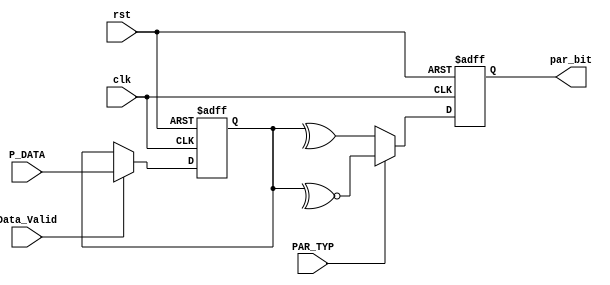
module parity_Calc #(
    parameter data_width=8
) (
    input wire [data_width-1:0] P_DATA     ,
    input wire                  Data_Valid ,
    input wire                  PAR_TYP    ,
    input wire                  clk        ,
    input wire                  rst        ,
    output reg                  par_bit  
);
    reg [data_width-1:0] Parity_DATA;


always @(posedge clk or negedge rst ) begin
    if (!rst) begin
        Parity_DATA<='b0;
    end
    else begin 
     if (Data_Valid) begin
        Parity_DATA<=P_DATA;
     end
    end
    
end
always @(posedge clk or negedge rst ) begin
    if (!rst) begin
        par_bit <='b0;
    end
else begin
    if (PAR_TYP) begin
        par_bit <=~^Parity_DATA; 
    end else begin
                par_bit <=^Parity_DATA; 
    end
end
end
endmodule